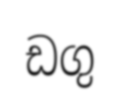
ඩගු